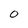
Character: O